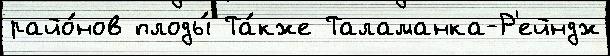
райо́нов плоды́ Та́кже Таламанка-Р'ейндж